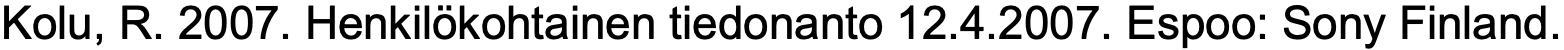
Kolu, R. 2007. Henkilökohtainen tiedonanto 12.4.2007. Espoo: Sony Finland.